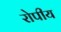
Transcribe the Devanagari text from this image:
रोपीय